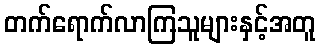
တက်ရောက်လာကြသူများနှင့်အတူ